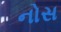
નોસ